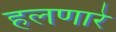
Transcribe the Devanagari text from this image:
हलणारे